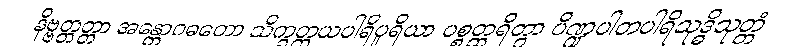
နိဗ္ဗတ္တတ္တာ အန္တောဂဓတော သိက္ခတ္တယပါရိပူရိယာ ပစ္စတ္ထရိတွာ ပိဏ္ဍပါတပါရိသုဒ္ဓိသုတ္တံ